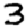
Digit: 3